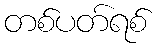
တစ်ပတ်ရစ်